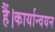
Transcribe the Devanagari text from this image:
हैं।कार्यान्वयन